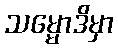
သမ္မောဒိမှာ